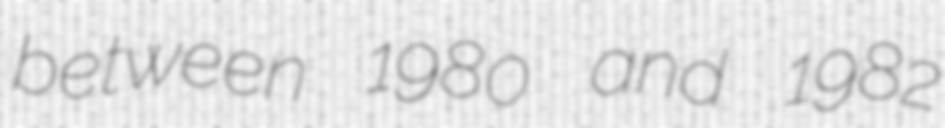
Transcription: between 1980 and 1982